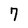
Character: 7